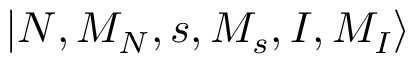
{ | N , M _ { N } , s , M _ { s } , I , M _ { I } \rangle }